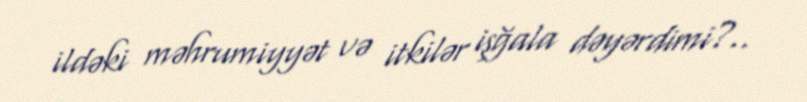
ildəki məhrumiyyət və itkilər işğala dəyərdimi?..